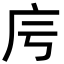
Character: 𢇡